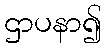
ဌာပနာ၍